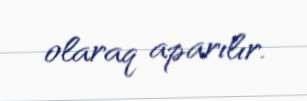
olaraq aparılır.